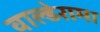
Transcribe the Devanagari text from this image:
वाल्डेरामा